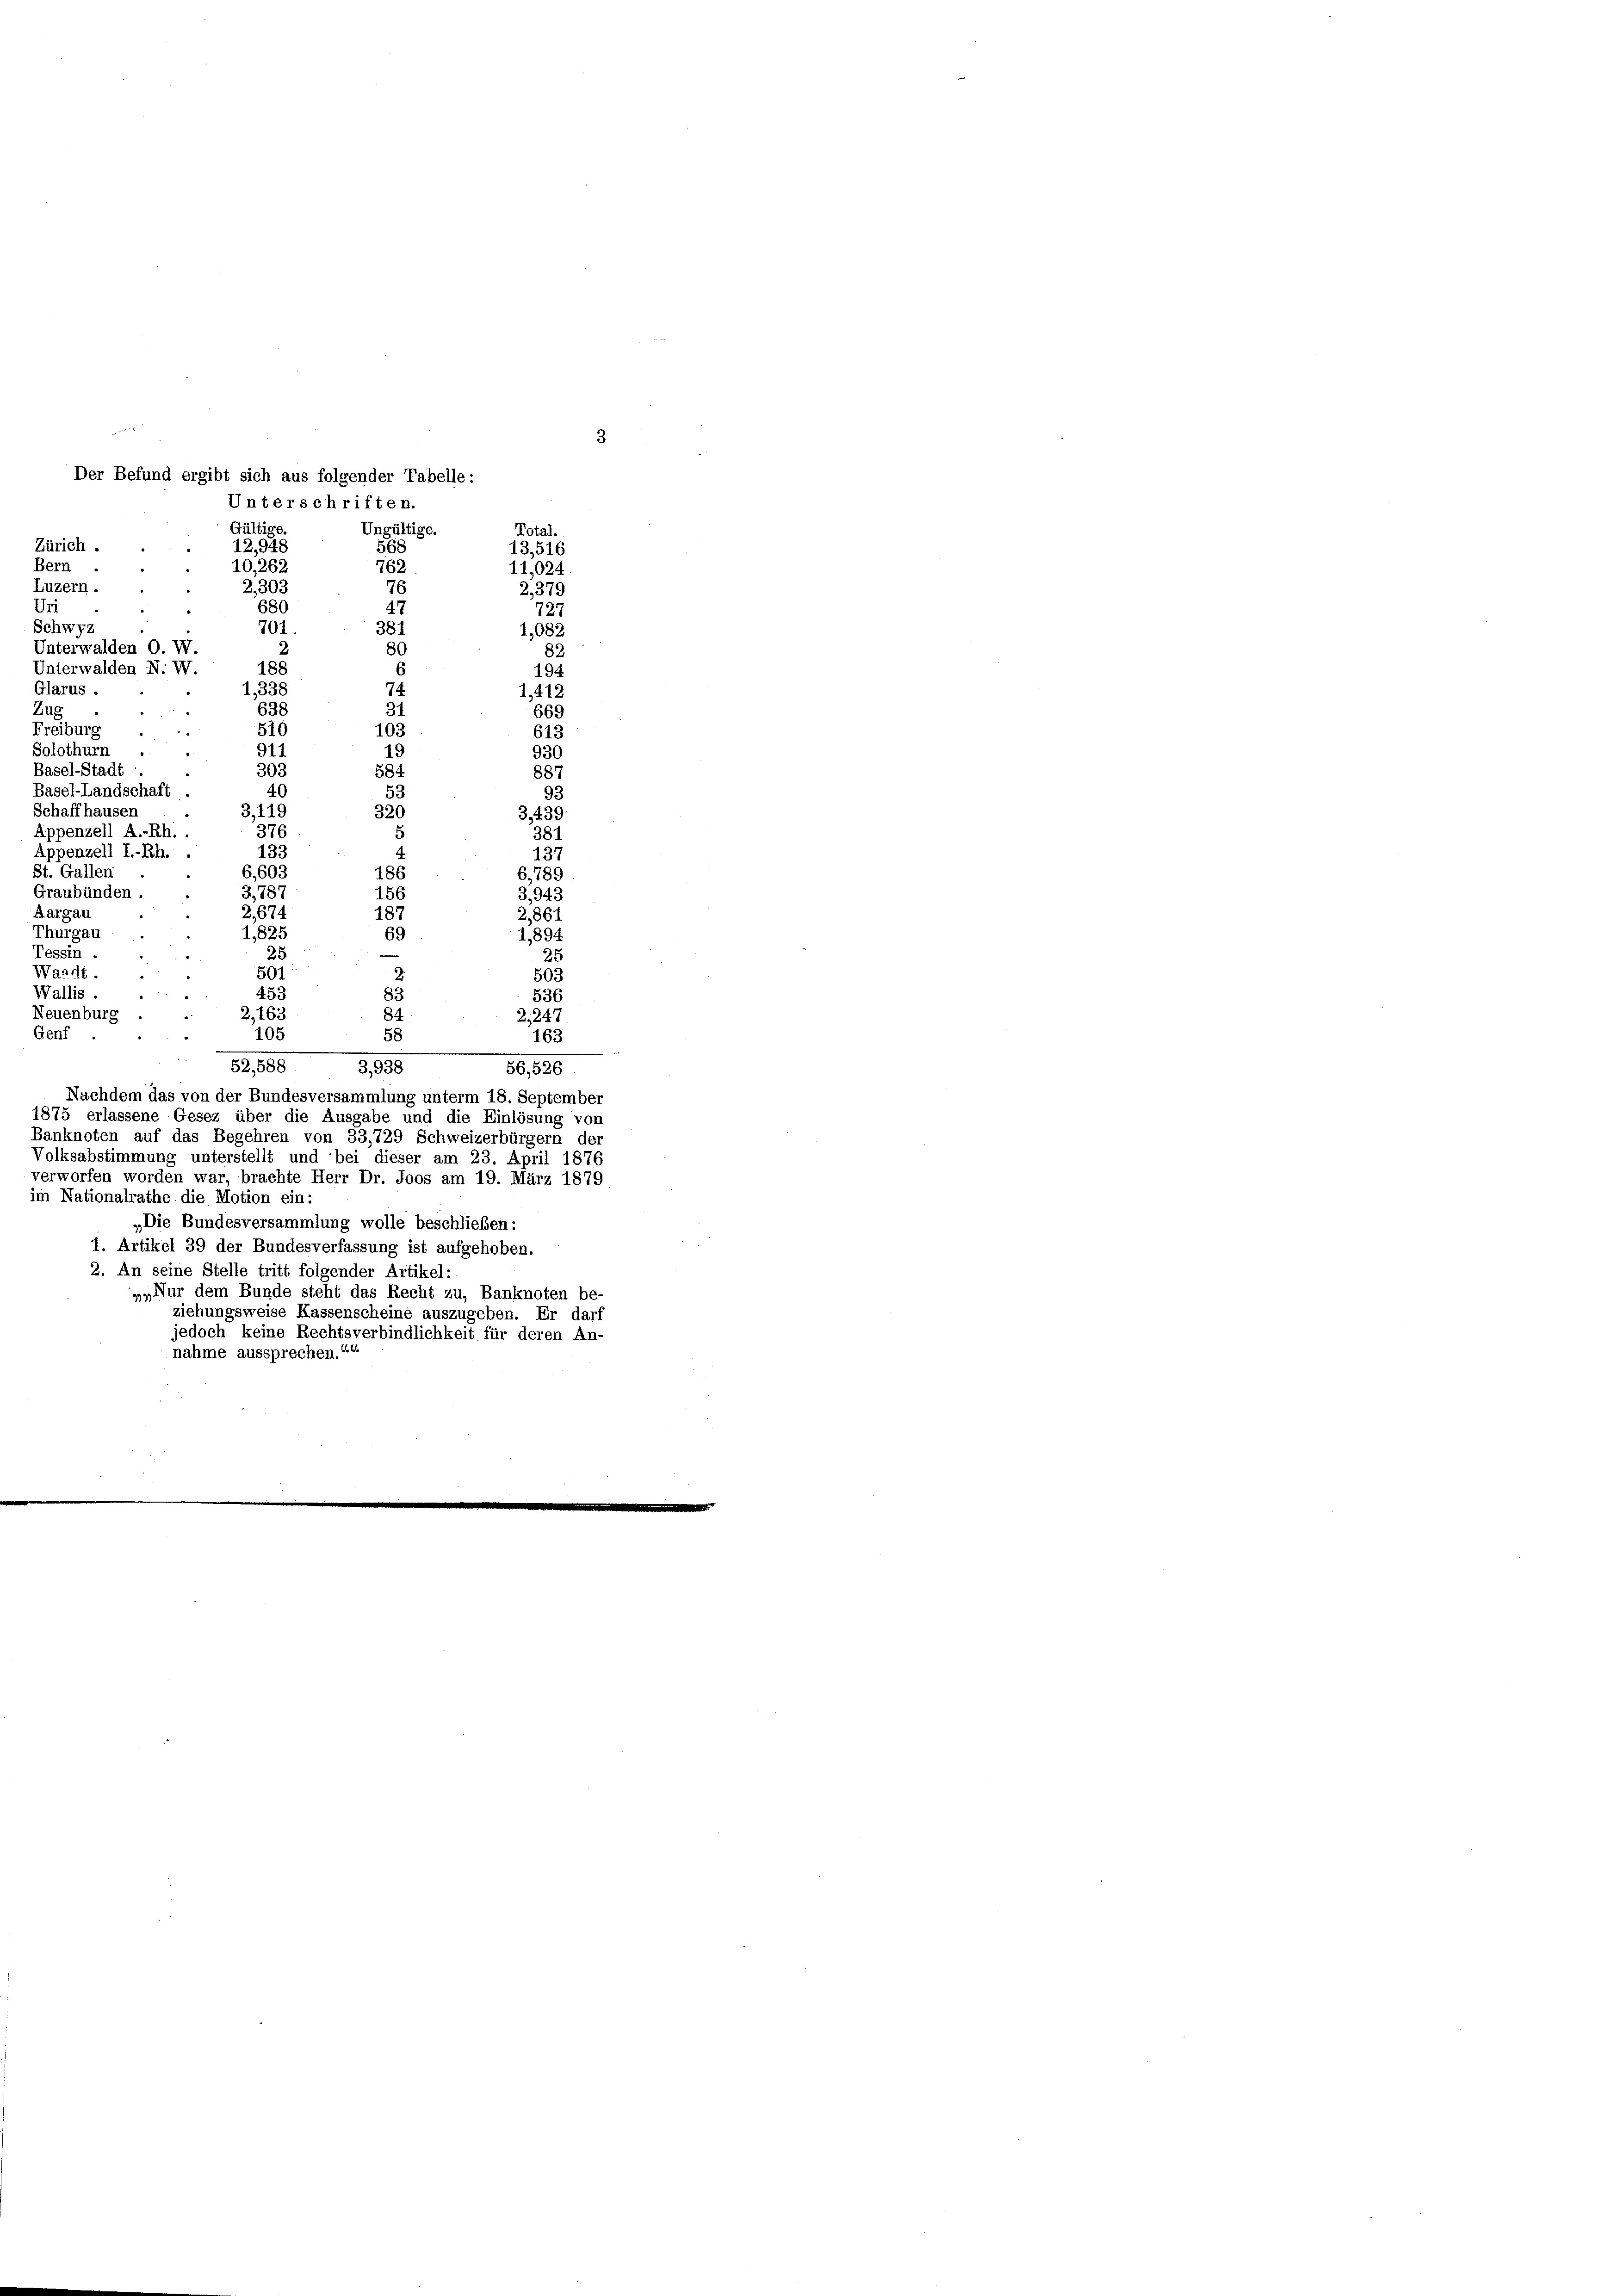
Uri
Zug
Tessin
Waadt
Wallis.
Genf

Der Befund ergibt sich aus folgender Tabelle:
Gültige
Total.
Zürich.
12,948
568
13,516
Bern
10,262
762
11,024
2.303
2,3
680
127
381
701.
1,082
80
82
2
194
6
74
1,338
1,412
638
31
669
510
103
613
911
19
930
303
584
887
40
53
93
3,119
320
3,435
376
381
5
133
137
186
6,603
6,789
156
3,787
3,943
187
2,674
2,861
69
1,825
1,894
¬
d
25
25
501
2.
503
83
45
536
Neuenburg.
2,163
84
2,247
10
163
58
52,586
3,938
56,526
Nachdem das von der Bundesversammlung unterm 18. September
1875 erlassene Gesez über die Ausgabe und die Einlösung von
Banknoten auf das Begehren von 33,729 Schweizerbürgern der
Volksabstimmung unterstellt und bei dieser am 23. April 1876
verworfen worden war, brachte Herr Dr. Joos am 19. März 1879
im Nationalrathe die Motion ein:
„Die Bundesversammlung wolle beschließen:
1. Artikel 39 der Bundesverfassung ist aufgehoben.
2. An seine Stelle tritt folgender Artikel:
„Nur dem Bunde steht das Recht zu, Banknoten be-
ziehungsweise Kassenscheine auszugeben. Er darf
jedoch keine Rechtsverbindlichkeit für deren An-
nahme aussprechen.“

Luzern.
Schwyz
Unterwalden O. W.
Unterwalden N. V.
Glarus.
Freibur
Solothurn
Basel-Stadt
Basel-Landschaft
Schaffhausen
Appenzell A.-Rh. .
Appenzell I.-Rh.
St. Gallen
Graubünden.
Aargau
Thurgau

Unterschriften.
Ungültige.

3